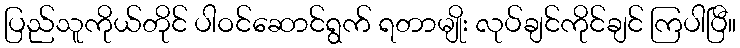
ပြည်သူကိုယ်တိုင် ပါဝင်ဆောင်ရွက် ရတာမျိုး လုပ်ချင်ကိုင်ချင် ကြပါပြီ။